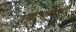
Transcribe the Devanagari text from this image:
लक्ष्मीकांतशी